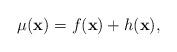
LaTeX: \begin{align*} \mu(\mathbf{x})=f(\mathbf{x})+h(\mathbf{x}),\end{align*}